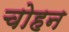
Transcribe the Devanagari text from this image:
चोहन